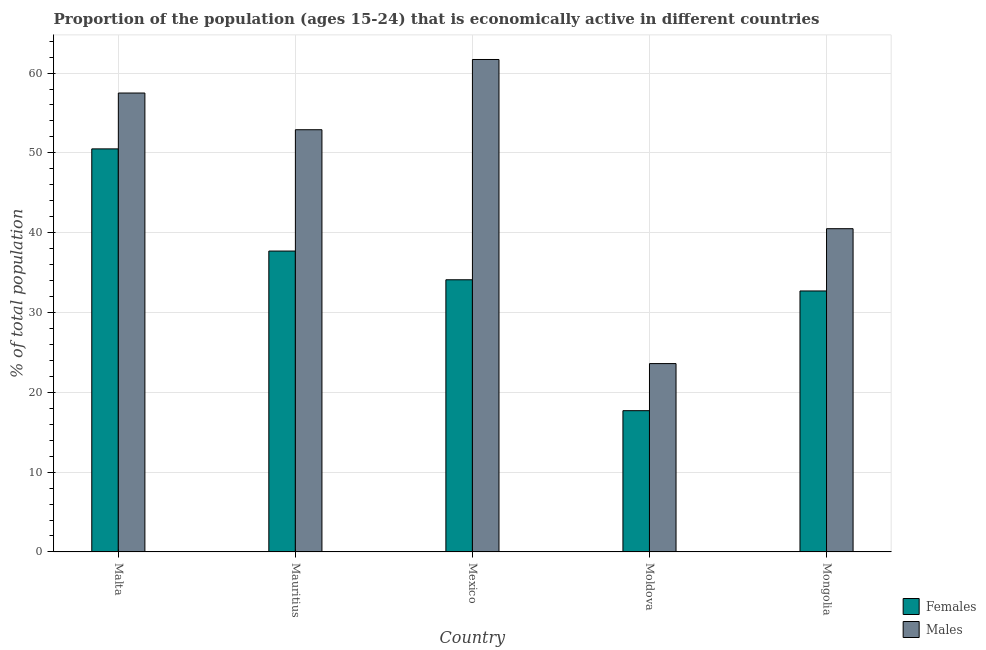
| Country | Females | Males |
 | --- | --- | --- |
 | Malta | 50.5 | 57.5 |
 | Mauritius | 37.7 | 52.9 |
 | Mexico | 34.1 | 61.7 |
 | Moldova | 17.7 | 23.6 |
 | Mongolia | 32.7 | 40.5 |